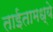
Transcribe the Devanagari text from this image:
ताईतामध्ये